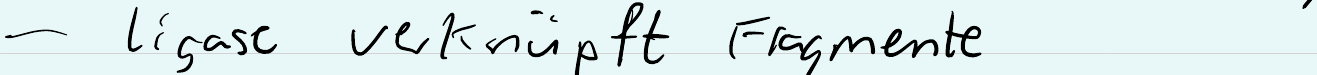
- ligase verknüpft Fragmente